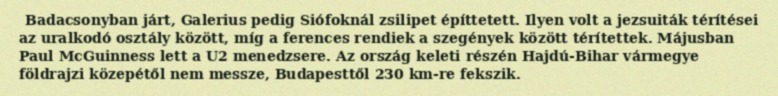
Badacsonyban járt, Galerius pedig Siófoknál zsilipet építtetett. Ilyen volt a jezsuiták térítései az uralkodó osztály között, míg a ferences rendiek a szegények között térítettek. Májusban Paul McGuinness lett a U2 menedzsere. Az ország keleti részén Hajdú-Bihar vármegye földrajzi közepétől nem messze, Budapesttől 230 km-re fekszik.